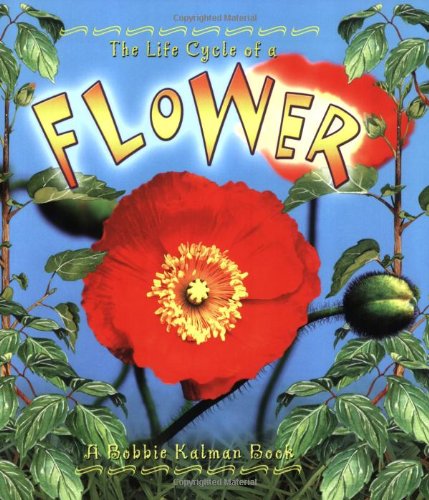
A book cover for The Life Cycle of a Flower; Molly Aloian; Children's Books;